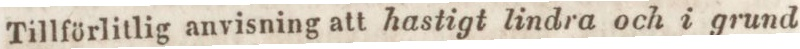
Tillförlitlig anvisning att hastigt lindra och i grund